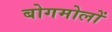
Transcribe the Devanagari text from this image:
बोगमोलों